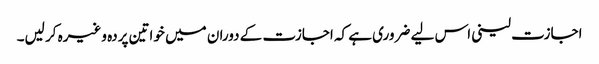
اجازت لینی اس لیے ضروری ہے کہ اجازت کے دوران میں خواتین پردہ وغیرہ کر لیں۔